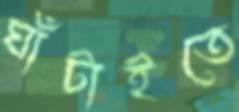
ঘাঁটাইতে